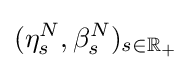
(\eta _{s}^{N},\beta _{s}^{N})_{s\in \mathbb {R} _{+}}